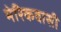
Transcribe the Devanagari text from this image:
मेरिकवासी